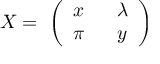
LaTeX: X = \ \left( \begin{array} { l l } { { x \ \ } } & { { \lambda } } \\ { { \pi \ \ } } & { { y } } \end{array} \right)